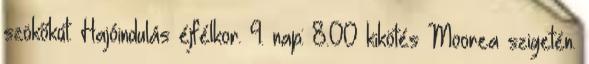
szökőkút. Hajóindulás éjfélkor. 9. nap: 8.00 kikötés Moorea szigetén.